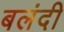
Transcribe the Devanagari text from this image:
बलंदी